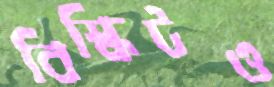
বিস্কিটও